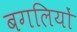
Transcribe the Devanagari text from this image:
बगलियों